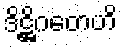
ဒိဋ္ဌိဂတေဟိ